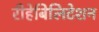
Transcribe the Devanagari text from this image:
रीहेबिलिटेशन